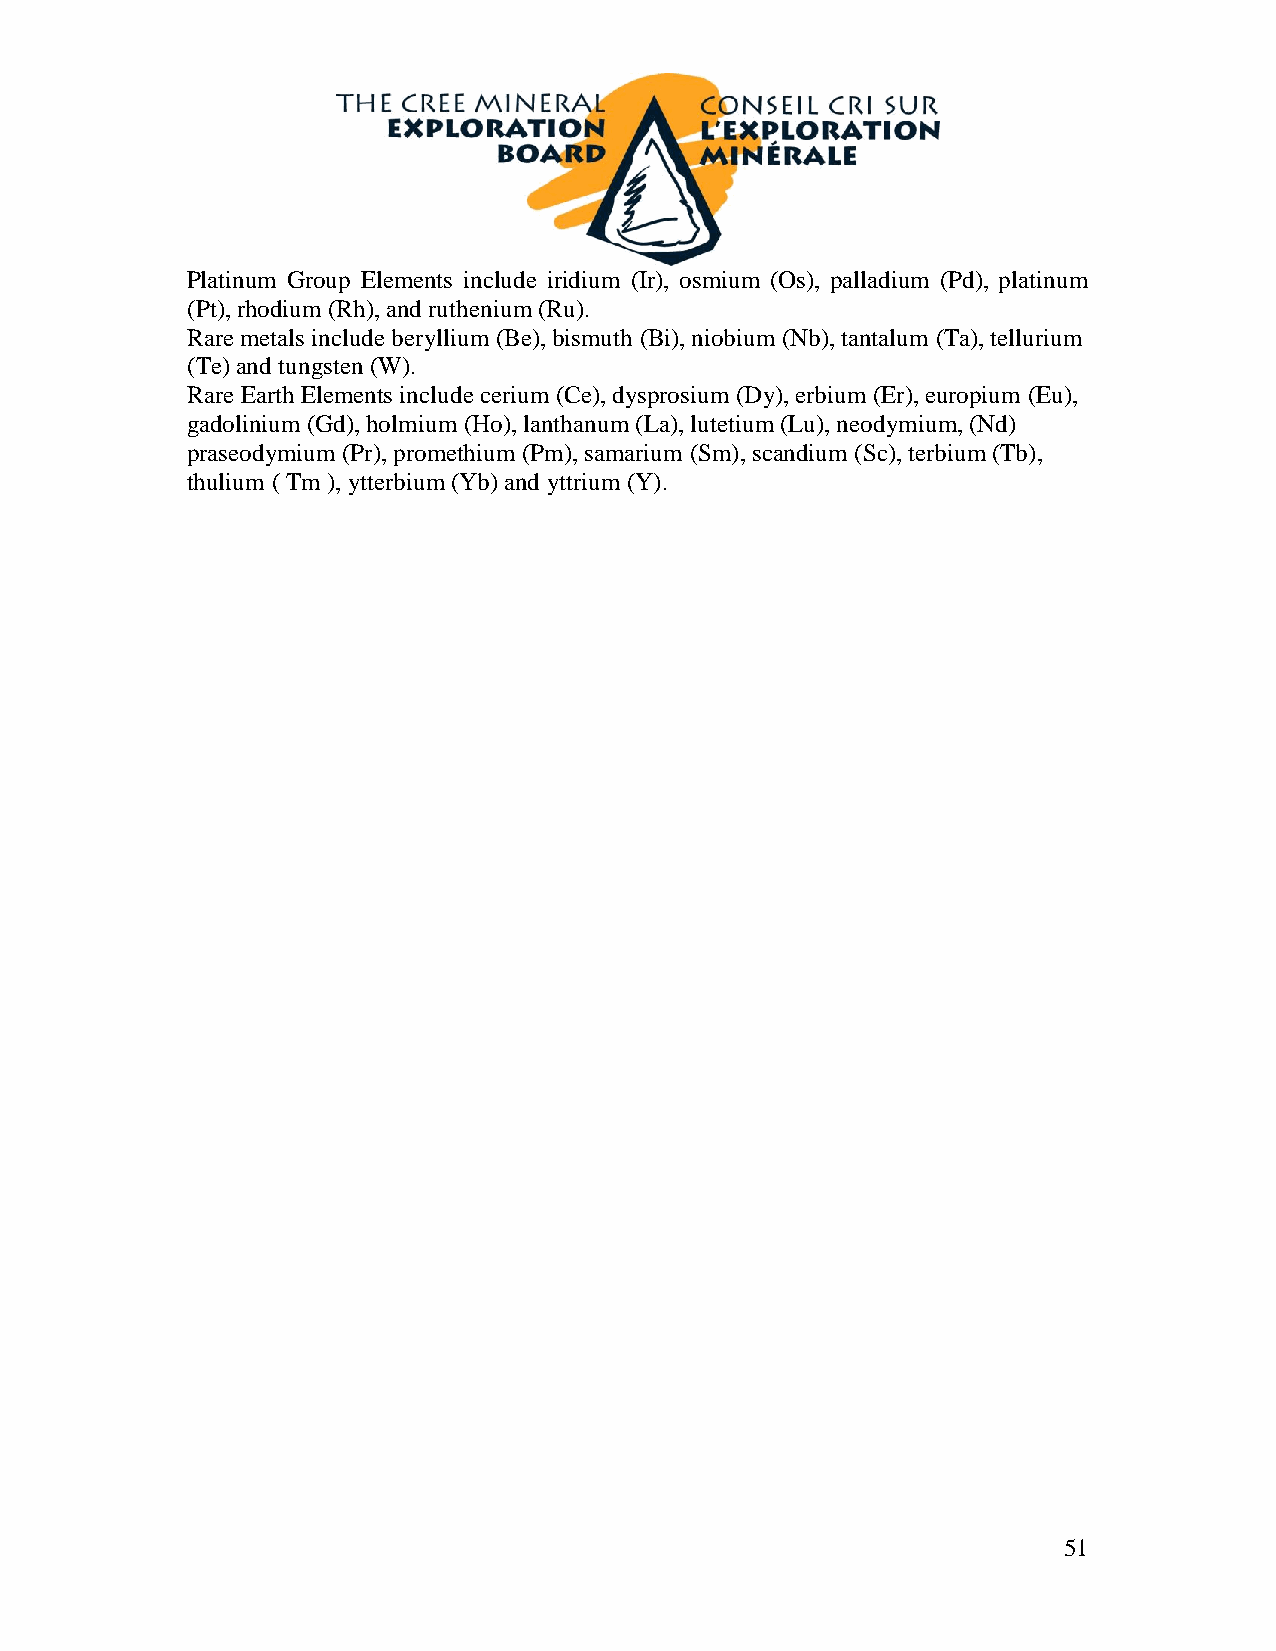
Platinum Group Elements include iridium (Ir), osmium (Os), palladium (Pd), platinum
 (Pt), rhodium (Rh), and ruthenium (Ru).
 Rare metals include beryllium (Be), bismuth (Bi), niobium (Nb), tantalum (Ta), tellurium
 (Te) and tungsten (W).
 Rare Earth Elements include cerium (Ce), dysprosium (Dy), erbium (Er), europium (Eu),
 gadolinium (Gd), holmium (Ho), lanthanum (La), lutetium (Lu), neodymium, (Nd)
 praseodymium (Pr), promethium (Pm), samarium (Sm), scandium (Sc), terbium (Tb),
 thulium ( Tm ), ytterbium (Yb) and yttrium (Y).
 51